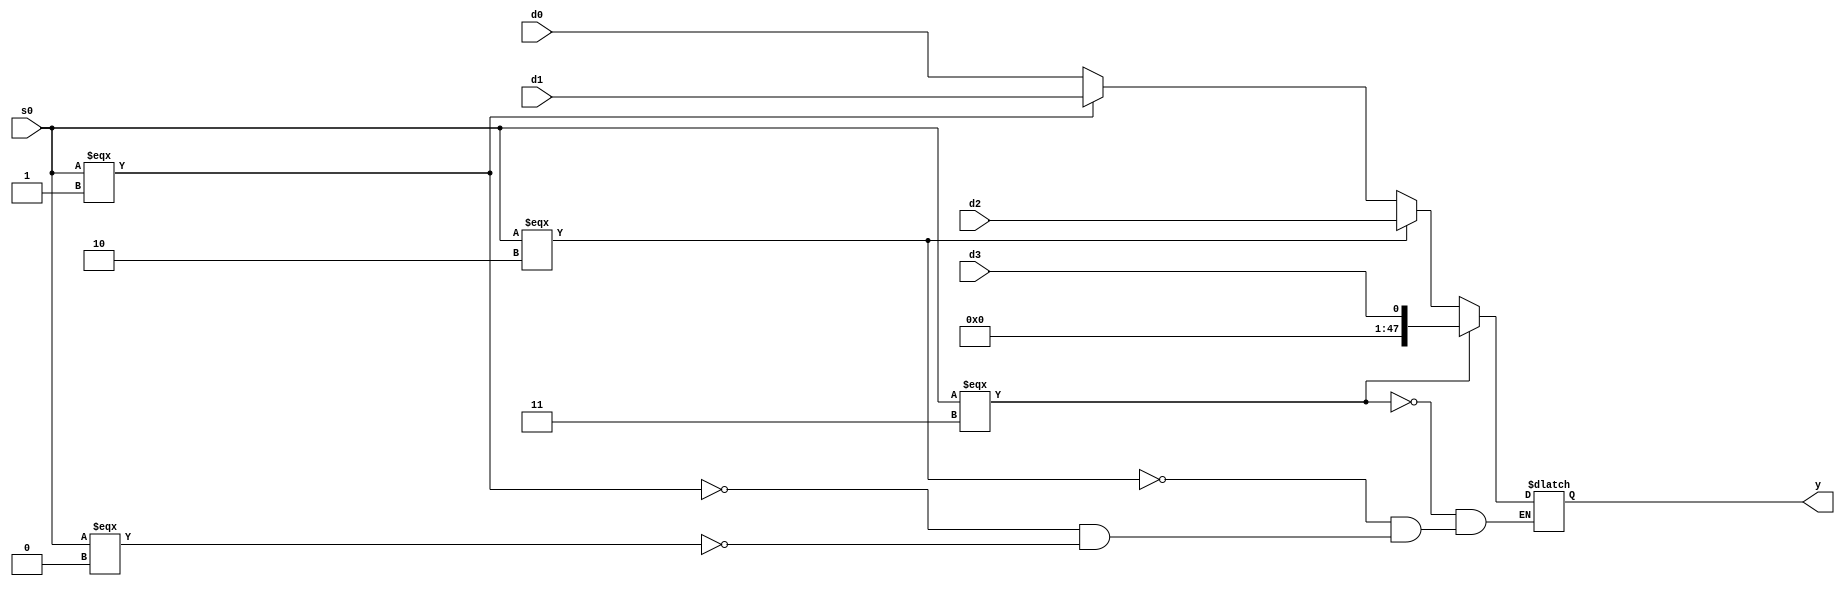
module mux4_ram(d0,d1,d2,d3,s0,y);
 input [47:0]d0,d1,d2;
 input d3;
 input [1:0]s0;
 output reg [47:0]y;

 always@(*)begin

    if(s0==='b00)
        y=d0;
    if(s0==='b01)
        y=d1;
    if(s0==='b10)
        y=d2;
    if(s0==='b11)
        y=d3;
 end

endmodule